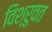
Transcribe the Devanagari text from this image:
विश्रुवत